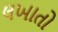
લખાતો